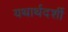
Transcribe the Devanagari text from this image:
यथार्थदर्शी